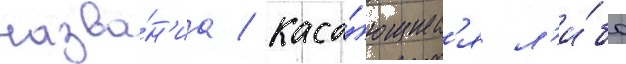
назва́н'иа / каса́ющиес'я л'и́бо